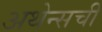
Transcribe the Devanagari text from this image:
अथेन्सची